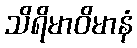
သိရိမာဝိမာနံ